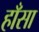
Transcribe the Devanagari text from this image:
हाँसा